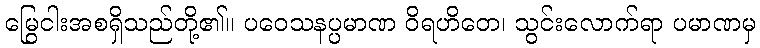
မြွေငါးအစရှိသည်တို့၏။ ပဝေသနပ္ပမာဏ ဝိရဟိတေ၊ သွင်းလောက်ရာ ပမာဏမှ